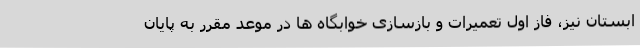
ابستان نیز، فاز اول تعمیرات و بازسازی خوابگاه ها در موعد مقرر به پایان